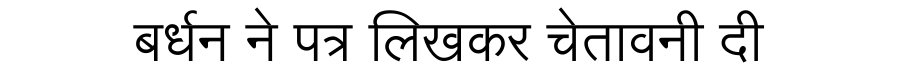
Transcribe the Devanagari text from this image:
बर्धन ने पत्र लिखकर चेतावनी दी